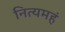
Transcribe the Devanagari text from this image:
नित्यमहं